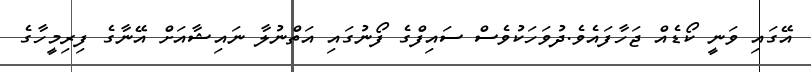
އޭގައި ވަނީ ކޯޑެއްް ޖަހާފައެވެ.ދުވަހަކުވެސް ސައިފްގެ ފޯނުގައި އަތްނުލާ ނައިޝާއަށް އޭނާގެ ފިރިމީހާގެ